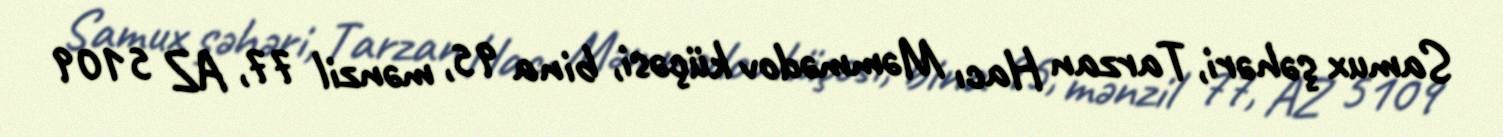
Samux şəhəri, Tarzan Hacı Məmmədov küçəsi, bina 95, mənzil 77, AZ 5109